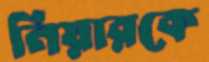
নিয়ারকে